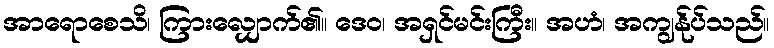
အာရောစေသိ၊ ကြားလျှောက်၏။ ဒေဝ၊ အရှင်မင်းကြီး။ အဟံ၊ အကျွန်ုပ်သည်။